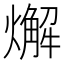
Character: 𤐃